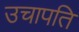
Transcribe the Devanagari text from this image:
उचापति